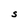
Character: S